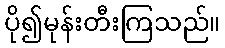
ပို၍မုန်းတီးကြသည်။